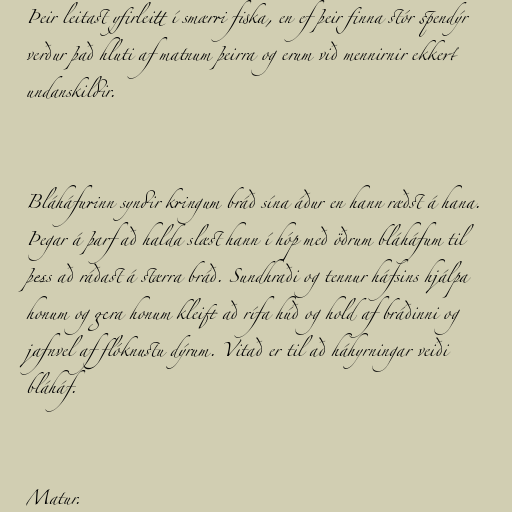
Þeir leitast yfirleitt í smærri fiska, en ef þeir finna stór spendýr
verður það hluti af matnum þeirra og erum við mennirnir ekkert
undanskildir.

Bláháfurinn syndir kringum bráð sína áður en hann ræðst á hana.
Þegar á þarf að halda slæst hann í hóp með öðrum bláháfum til
þess að ráðast á stærra bráð. Sundhraði og tennur háfsins hjálpa
honum og gera honum kleift að rífa húð og hold af bráðinni og
jafnvel af flóknustu dýrum. Vitað er til að háhyrningar veiði
bláháf.

Matur.